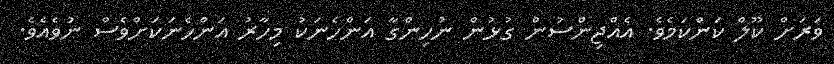
ވަރަށް ކޫލް ކަންކަމެވެ. އެއްޖިންސުން ގުޅުން ނުހިންގާ އަންހެނަކު މިހާރު އަންހެނަކަށްވެސް ނުވެއެވެ.